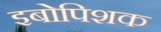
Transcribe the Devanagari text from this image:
इबोपिशक